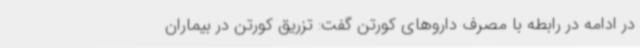
در ادامه در رابطه با مصرف داروهای کورتن گفت: تزریق کورتن در بیماران